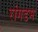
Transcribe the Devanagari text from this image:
रांगडम